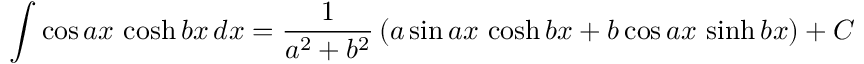
\int \cos a x \, \cosh b x \, d x = { \frac { 1 } { a ^ { 2 } + b ^ { 2 } } } \left( a \sin a x \, \cosh b x + b \cos a x \, \sinh b x \right) + C